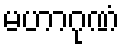
မဟာဂုဏံ